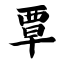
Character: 覃